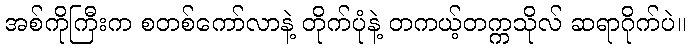
အစ်ကိုကြီးက စတစ်ကော်လာနဲ့ တိုက်ပုံနဲ့ တကယ့်တက္ကသိုလ် ဆရာဂိုက်ပဲ။